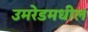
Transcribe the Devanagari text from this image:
उमरेडमधील